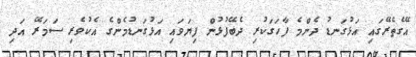
އޭގެތެރޭގައި އަޅުގަނޑު ދެންމެ ފާހަގަކުރި ދެބޭފުޅުން ފިޔަވައި އަޅުގަނޑުމެންގެ އެކުވެރި ސަމަރޭ އަދި